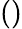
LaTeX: \left(\right)